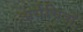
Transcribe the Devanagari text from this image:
अर्धचित्रों